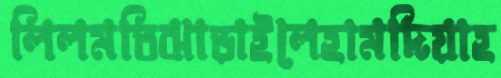
লিলমতিঝাড়াইলেহামদিয়াহ